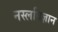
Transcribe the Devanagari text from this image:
नस्लविज्ञान